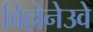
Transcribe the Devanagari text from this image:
विल्लेनेउवे